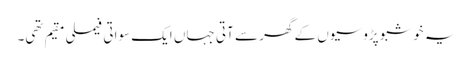
یہ خوشبو پڑوسیوں کے گھر سے آتی جہاں ایک سواتی فیملی مقیم تھی۔